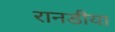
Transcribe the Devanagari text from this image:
रानडीया